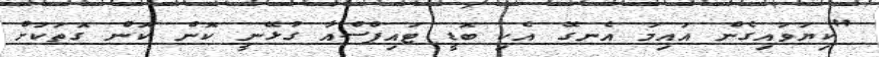
"ކިޔަވައިގެން އައިމަ އެނގޭ އެކި ބޮޑީ ޓައިޕްސްއާ ގުޅޭނީ ކޮން ކޮން ގޮތަކަށް